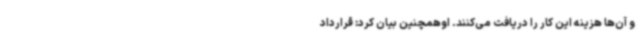
و آن‌ها هزینه این کار را دریافت می‌کنند. اوهمچنین بیان کرد: قرارداد